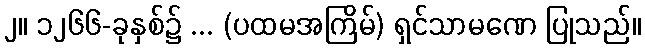
၂။ ၁၂၆၆-ခုနှစ်၌ ... (ပထမအကြိမ်) ရှင်သာမဏေ ပြုသည်။